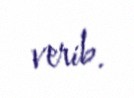
verib.